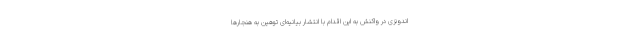
اندونزی در واکنش به این اقدام با انتشار بیانیه‌ای توهین به هنجارها